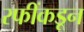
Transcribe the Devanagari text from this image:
रफींकडून